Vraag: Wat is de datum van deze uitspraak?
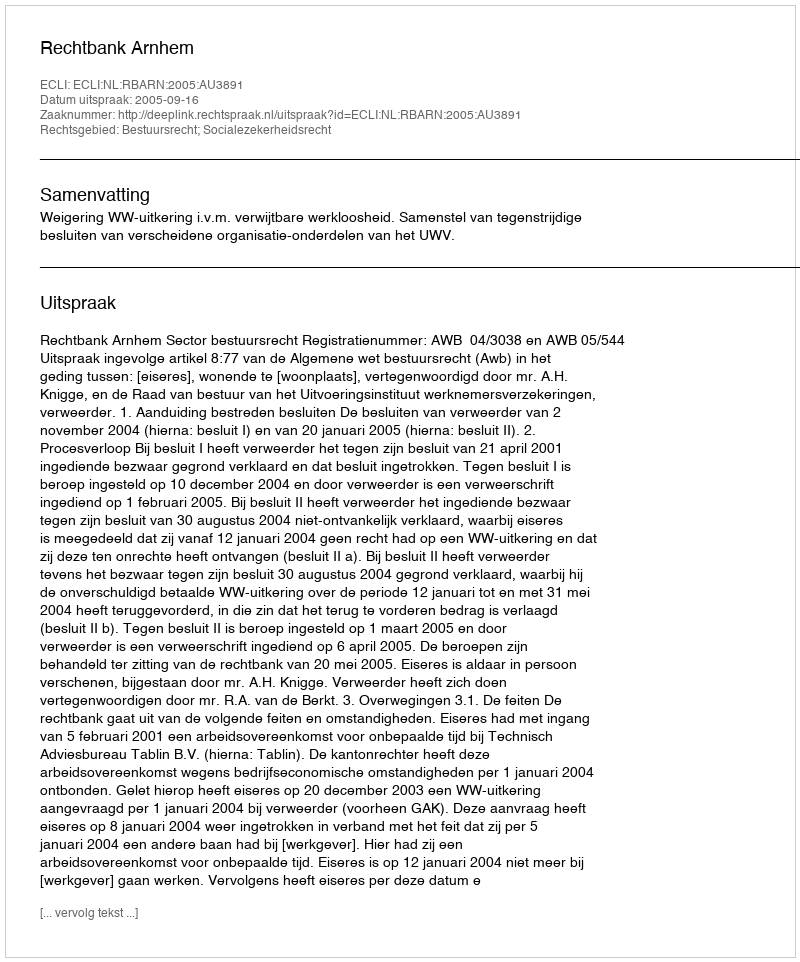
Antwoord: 2005-09-16